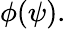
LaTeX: \phi(\psi).